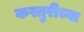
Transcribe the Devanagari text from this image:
कस्तुरीच्या